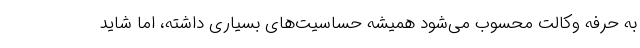
به حرفه وکالت محسوب می‌شود همیشه حساسیت‌های بسیاری داشته، اما شاید